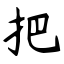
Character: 把